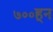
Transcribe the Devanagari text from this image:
७००हून